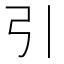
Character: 引